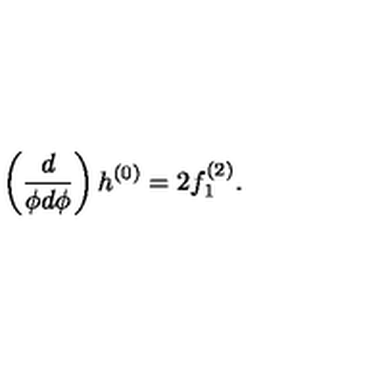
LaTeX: \left( \frac { d } { \phi d \phi } \right) h ^ { ( 0 ) } = 2 f _ { 1 } ^ { ( 2 ) } .